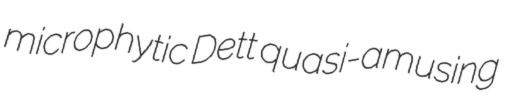
microphytic Dett quasi-amusing